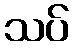
သပ်